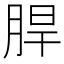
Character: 䏷